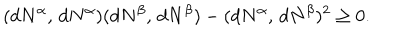
( d N ^ { \alpha } , \, d N ^ { \alpha } ) ( d N ^ { \beta } , \, d N ^ { \beta } ) - ( d N ^ { \alpha } , \, d N ^ { \beta } ) ^ { 2 } \geq 0 .